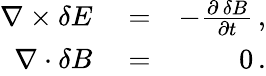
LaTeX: \begin{array}{rlr}{\nabla\times{\mathbf\delta E}}&{{}=}&{-\frac{\partial\, {\mathbf\delta B}}{\partial t}\, ,}\\ {\nabla\cdot{\mathbf\delta B}}&{{}=}&{0\, .}\end{array}